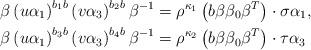
LaTeX: \begin{align*}\beta\left(u\alpha_{1}\right)^{b_{1}b}\left(v\alpha_{3}\right)^{b_{2}b}\beta^{-1}&=\rho^{\kappa_{1}}\left(b\beta\beta_{0}\beta^{T}\right)\cdot \sigma \alpha_{1},\\\beta\left(u\alpha_{1}\right)^{b_{3}b}\left(v\alpha_{3}\right)^{b_{4}b}\beta^{-1}&=\rho^{\kappa_{2}}\left(b\beta\beta_{0}\beta^{T}\right)\cdot \tau \alpha_{3} \end{align*}